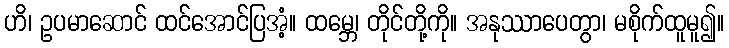
ဟိ၊ ဥပမာဆောင် ထင်အောင်ပြအံ့။ ထမ္ဘေ၊ တိုင်တို့ကို။ အနုဿာပေတွာ၊ မစိုက်ထူမူ၍။